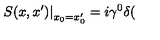
\left. S ( x , x ^ { \prime } ) \right| _ { x _ { 0 } = x _ { 0 } ^ { \prime } } = i \gamma ^ { 0 } \delta (